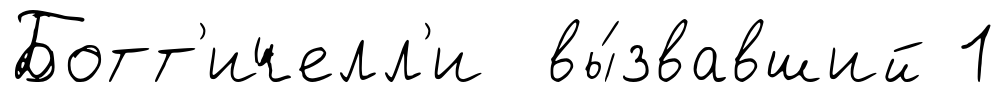
Ботт'ичелл'и вы́звавший 1